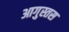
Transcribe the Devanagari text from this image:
आगुस्तस